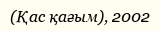
(Қас қағым), 2002